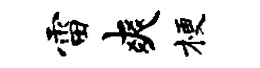
雷爽梗